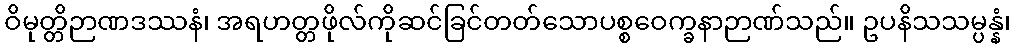
ဝိမုတ္တိဉာဏဒဿနံ၊ အရဟတ္တဖိုလ်ကိုဆင်ခြင်တတ်သောပစ္စဝေက္ခနာဉာဏ်သည်။ ဥပနိသသမ္ပန္နံ၊